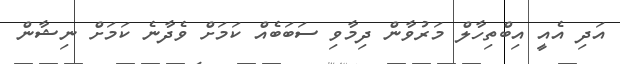
އަދި އެއީ އިބްތިހާލް މަރުވާން ދިމާވި ސަބަބެއް ކަމަށް ވެދާނެ ކަމަށް ނިޝާން